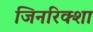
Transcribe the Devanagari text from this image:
जिनरिक्शा